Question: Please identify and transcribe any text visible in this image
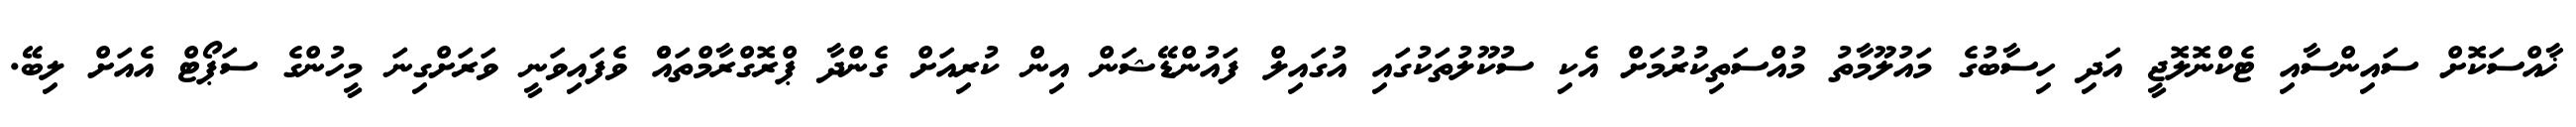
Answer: ޚާއްސަކޮށް ސައިންސާއި ޓެކްނޮލޮޖީ އަދި ހިސާބުގެ މައުލޫމާތު މުއްސަތިކުރުމަށް އެކި ސުކޫލުތަކުގައި އުގައިލް ފައުންޑޭޝަން އިން ކުރިއަށް ގެންދާ ޕްރޮގްރާމްތައްް ވެފައިވަނީ ވަރަށްގިނަ މީހުންގެ ސަޕޯޓް އެއަށް ލިބޭ.